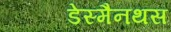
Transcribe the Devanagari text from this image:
डेस्मैनथस